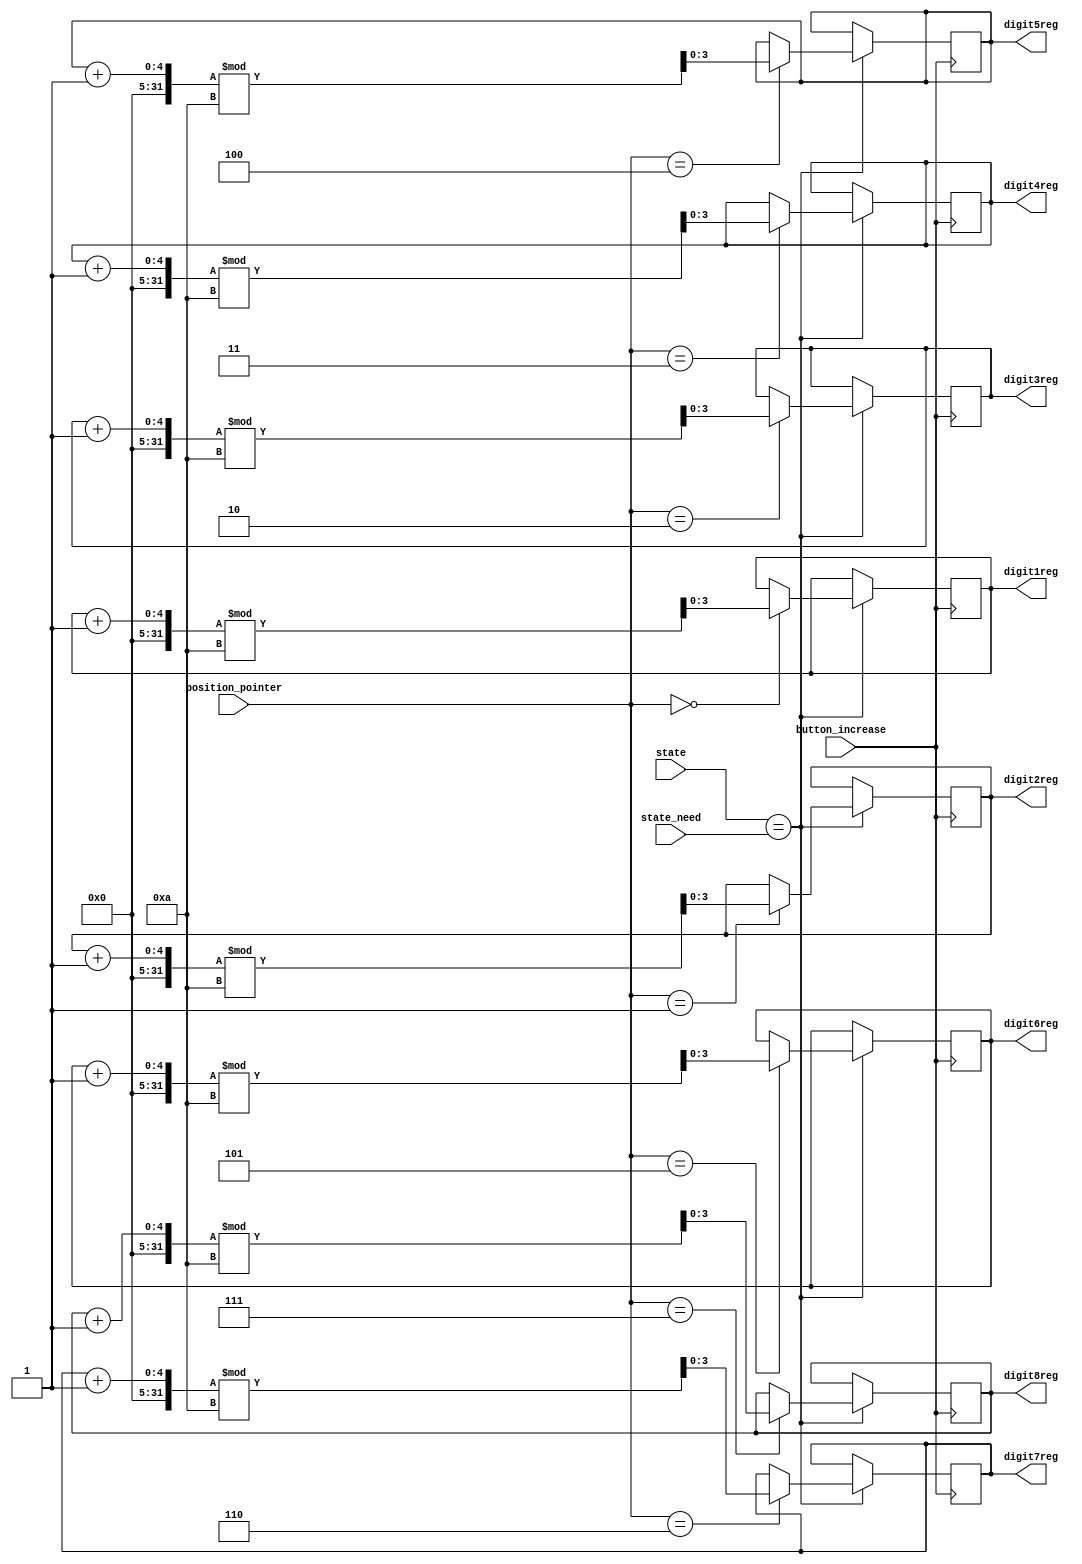
// when button is clicked it increase in current digit
module increase_digit(
input button_increase,
input [2:0] position_pointer,
input [2:0] state,
input [2:0] state_need,
output reg [3:0] digit1reg = 'd0,
output reg [3:0] digit2reg = 'd0,
output reg [3:0] digit3reg = 'd0,
output reg [3:0] digit4reg = 'd0,
output reg [3:0] digit5reg = 'd0,
output reg [3:0] digit6reg = 'd0,
output reg [3:0] digit7reg = 'd0,
output reg [3:0] digit8reg = 'd0
);

always@ (posedge button_increase)
begin
	if(state == state_need)
	begin
		case (position_pointer)
			'd0:
				digit1reg <= (digit1reg + 1) % 10;
			'd1:
				digit2reg <= (digit2reg + 1) % 10;
			'd2:
				digit3reg <= (digit3reg + 1) % 10;
			'd3:
				digit4reg <= (digit4reg + 1) % 10;
			'd4:
				digit5reg <= (digit5reg + 1) % 10;
			'd5:
				digit6reg <= (digit6reg + 1) % 10;
			'd6:
				digit7reg <= (digit7reg + 1) % 10;
			'd7:
				digit8reg <= (digit8reg + 1) % 10;
			default:
				digit1reg <= (digit1reg + 1) % 10;
		endcase
	end
end

endmodule